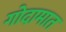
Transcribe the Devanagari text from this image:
गोदामात